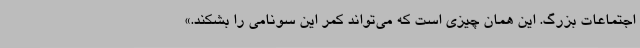
اجتماعات بزرگ. این همان چیزی است که می‌تواند کمر این سونامی را بشکند.»